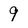
Character: 9